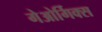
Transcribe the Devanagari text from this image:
गेओर्गिक्स